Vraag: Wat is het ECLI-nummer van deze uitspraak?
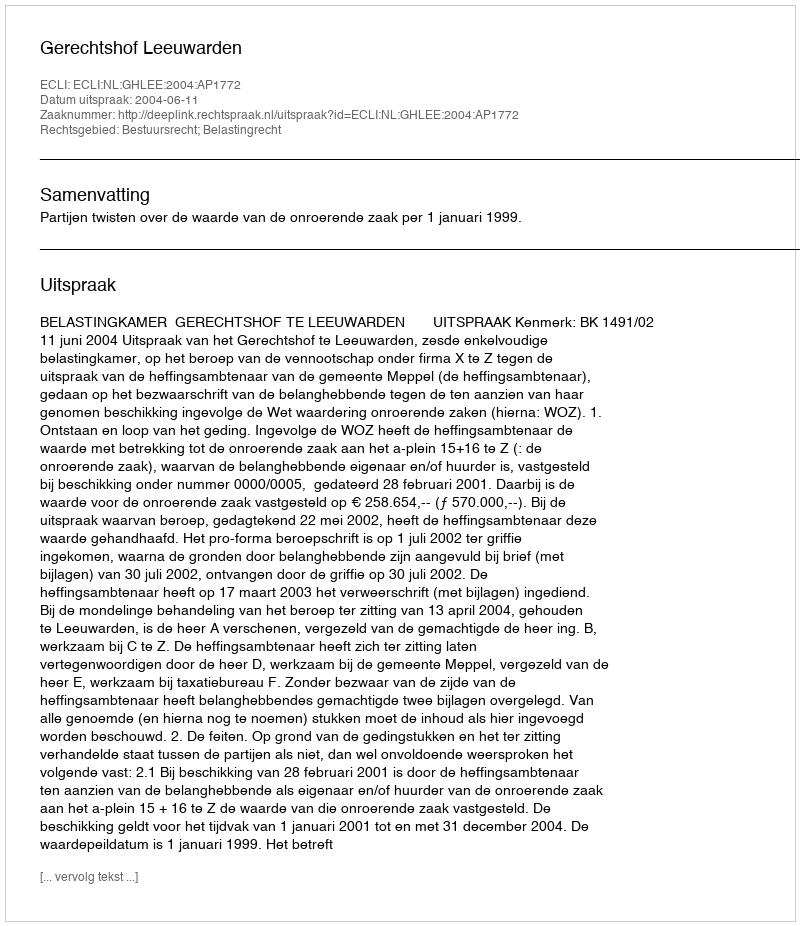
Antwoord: ECLI:NL:GHLEE:2004:AP1772